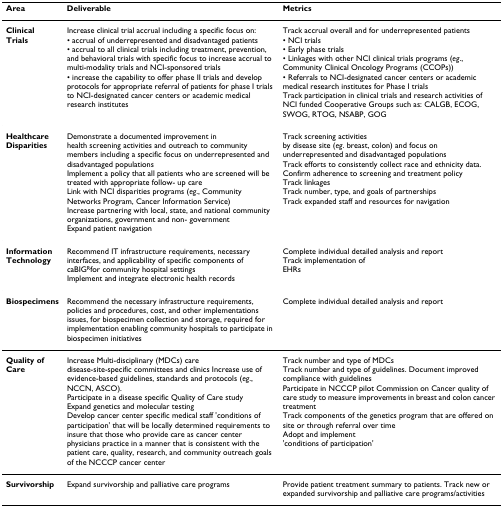
| Area | Deliverable | Metrics |
 | --- | --- | --- |
 | ClinicalTrials | Increase clinical trial accrual including a specific focus on:• accrual of underrepresented and disadvantaged patients• accrual to all clinical trials including treatment, prevention, and behavioral trials with specific focus to increase accrual to multi-modality trials and NCI-sponsored trials• increase the capability to offer phase II trials and develop protocols for appropriate referral of patients for phase I trials to NCI-designated cancer centers or academic medical research institutes | Track accrual overall and for underrepresented patients• NCI trials• Early phase trials• Linkages with other NCI clinical trials programs (eg., Community Clinical Oncology Programs (CCOPs))• Referrals to NCI-designated cancer centers or academic medical research institutes for Phase I trialsTrack participation in clinical trials and research activities of NCI funded Cooperative Groups such as: CALGB, ECOG, SWOG, RTOG, NSABP, GOG |
 | HealthcareDisparities | Demonstrate a documented improvement inhealth screening activities and outreach to community members including a specific focus on underrepresented and disadvantaged populationsImplement a policy that all patients who are screened will be treated with appropriate follow- up careLink with NCI disparities programs (eg., Community Networks Program, Cancer Information Service)Increase partnering with local, state, and national community organizations, government and non- governmentExpand patient navigation | Track screening activitiesby disease site (eg. breast, colon) and focus on underrepresented and disadvantaged populationsTrack efforts to consistently collect race and ethnicity data.Confirm adherence to screening and treatment policyTrack linkagesTrack number, type, and goals of partnershipsTrack expanded staff and resources for navigation |
 | InformationTechnology | Recommend IT infrastructure requirements, necessary interfaces, and applicability of specific components of caBIGRfor community hospital settingsImplement and integrate electronic health records | Complete individual detailed analysis and reportTrack implementation ofEHRs |
 | Biospecimens | Recommend the necessary infrastructure requirements, policies and procedures, cost, and other implementations issues, for biospecimen collection and storage, required for implementation enabling community hospitals to participate in biospecimen initiatives | Complete individual detailed analysis and report |
 | Quality ofCare | Increase Multi-disciplinary (MDCs) caredisease-site-specific committees and clinics Increase use of evidence-based guidelines, standards and protocols (eg., NCCN, ASCO).Participate in a disease specific Quality of Care studyExpand genetics and molecular testingDevelop cancer center specific medical staff 'conditions of participation' that will be locally determined requirements to insure that those who provide care as cancer center physicians practice in a manner that is consistent with the patient care, quality, research, and community outreach goals of the NCCCP cancer center | Track number and type of MDCsTrack number and type of guidelines. Document improved compliance with guidelinesParticipate in NCCCP pilot Commission on Cancer quality of care study to measure improvements in breast and colon cancer treatmentTrack components of the genetics program that are offered on site or through referral over timeAdopt and implement'conditions of participation' |
 | Survivorship | Expand survivorship and palliative care programs | Provide patient treatment summary to patients. Track new or expanded survivorship and palliative care programs/activities |